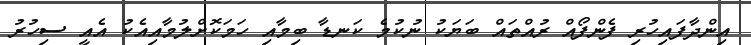
އިންދާފައިހުރި ފެންފޯއް ރުއްތައް ބަޔަކު ނުކުމެ ކަނޑާ ބިމާއި ހަމަކޮށްލުމާއިއެކު އެއީ ސިހުރު